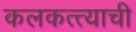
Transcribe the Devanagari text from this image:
कलकत्त्याची